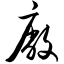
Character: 厂